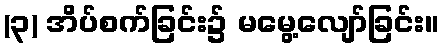
(၃) အိပ်စက်ခြင်း၌ မမွေ့လျော်ခြင်း။